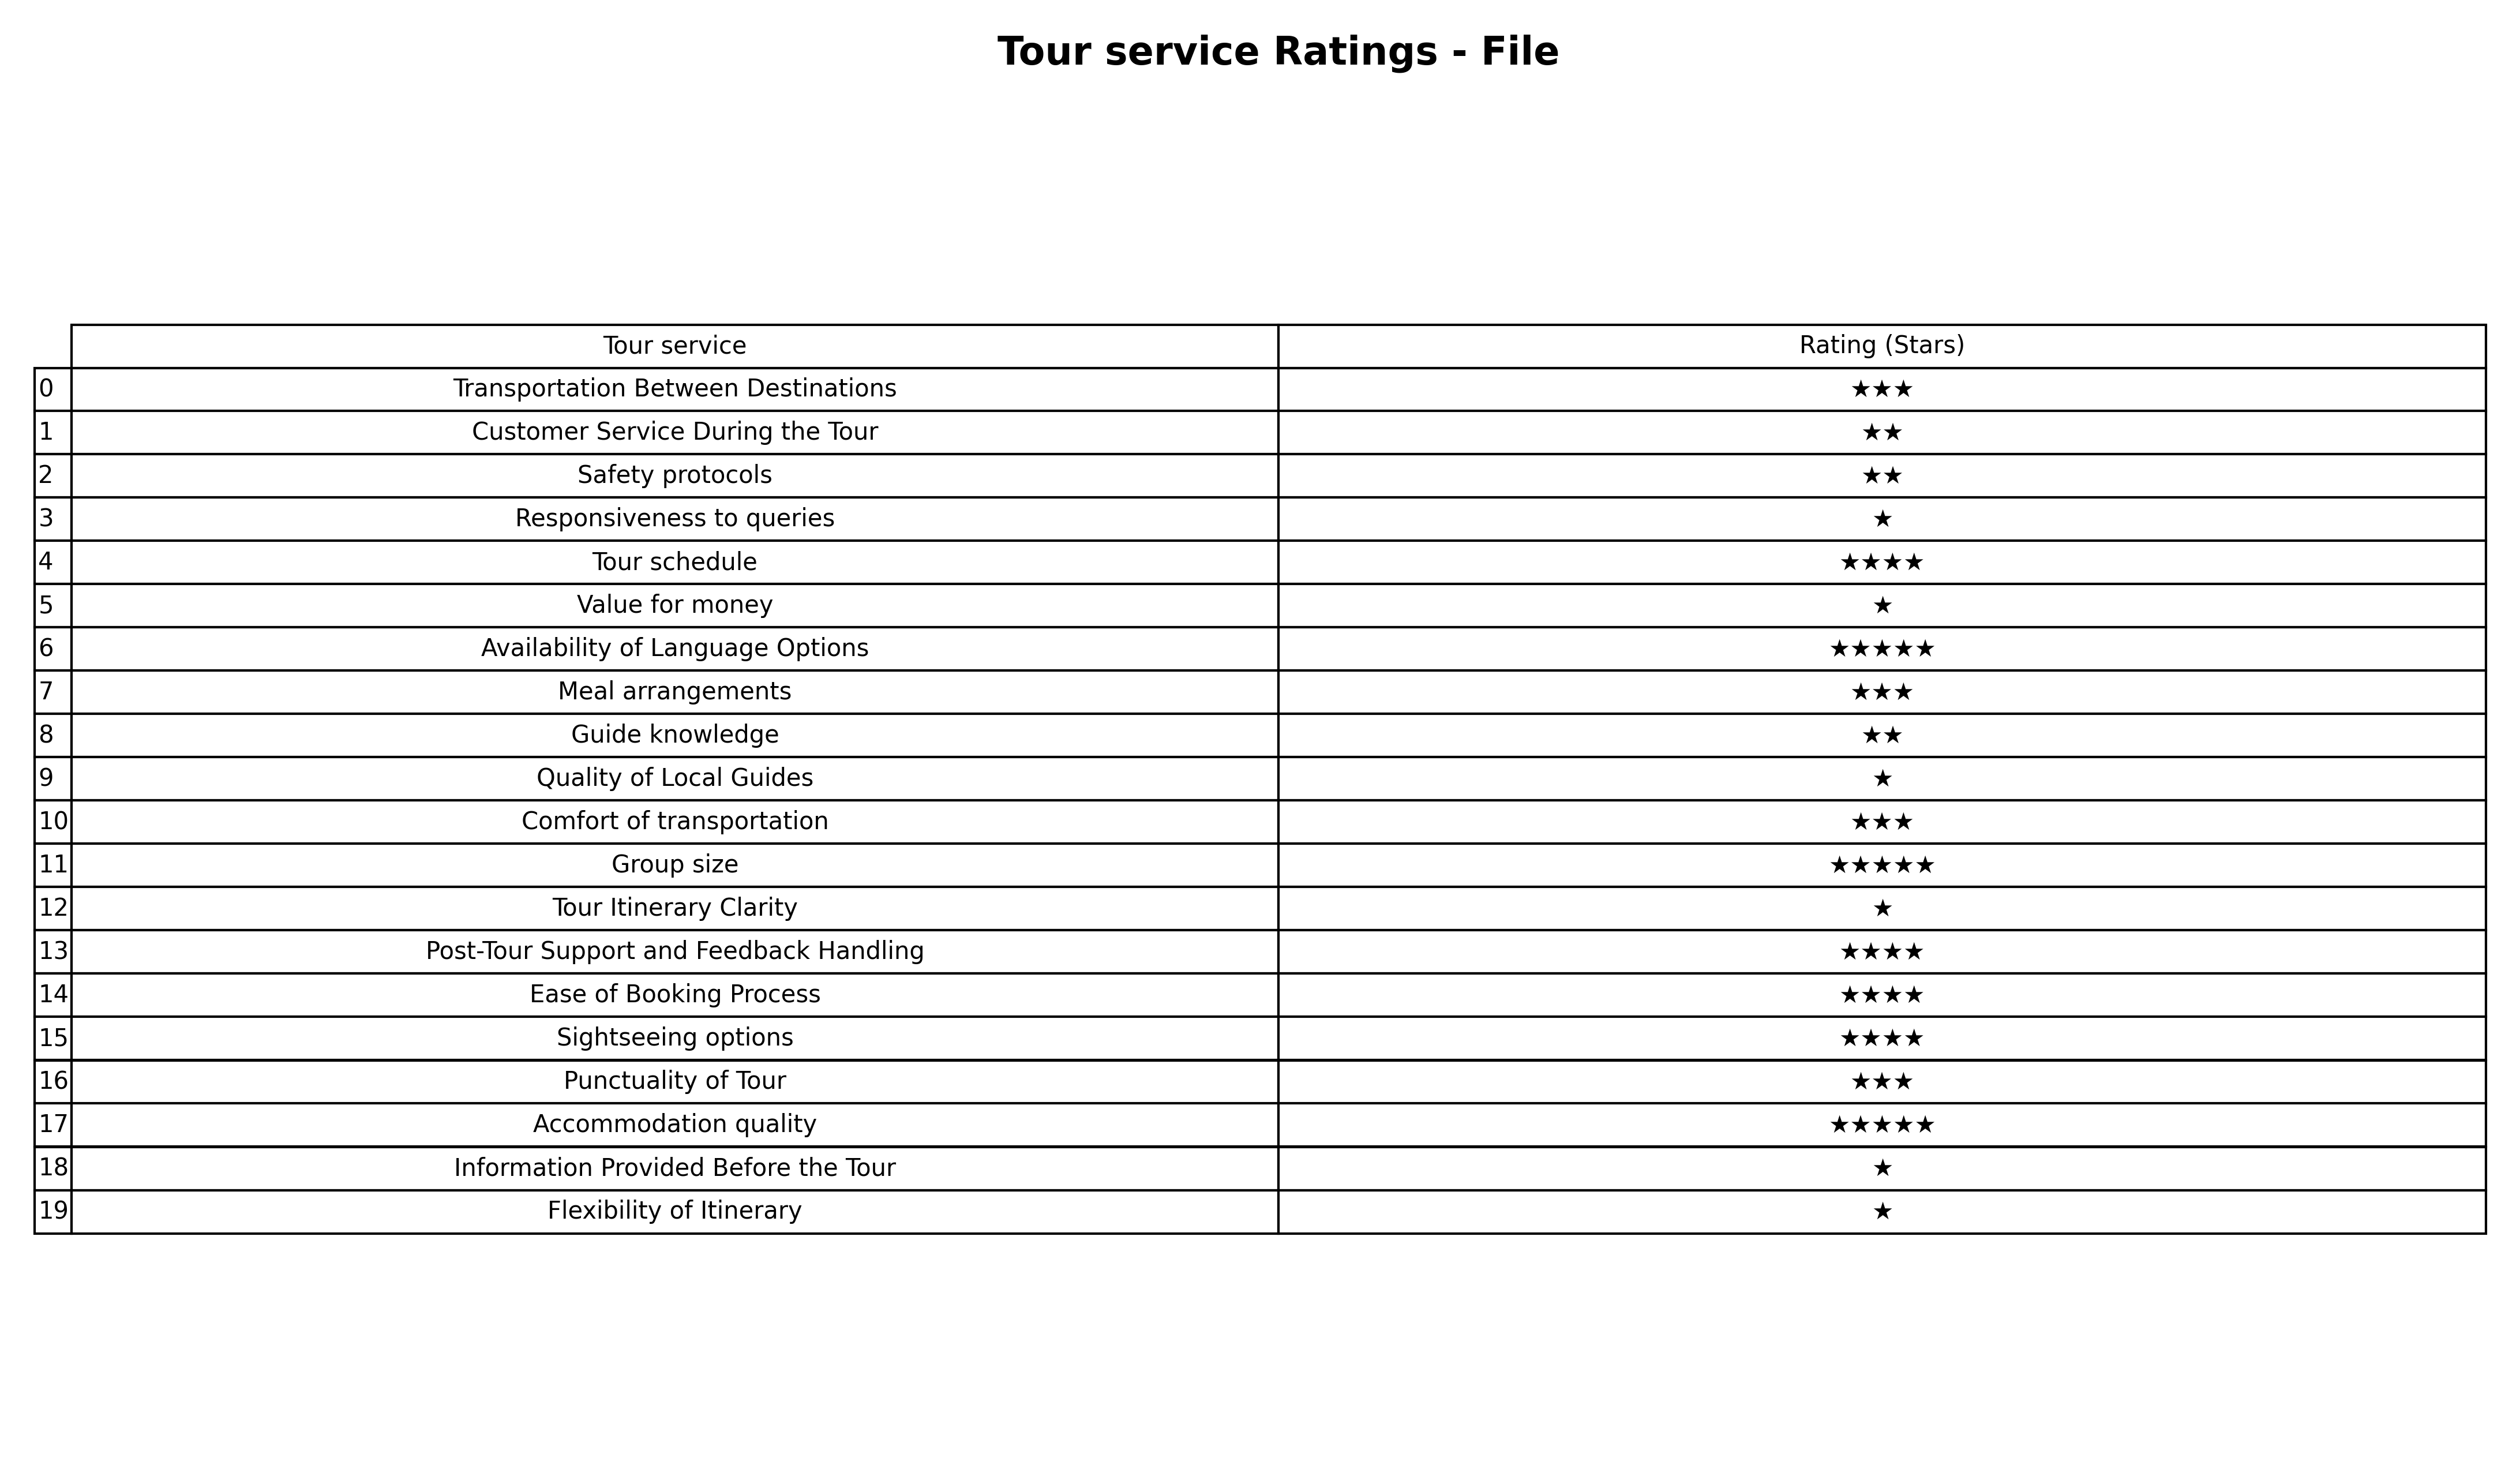
question: What are one star services?
answer: Responsiveness to queriesValue for moneyQuality of Local GuidesTour Itinerary ClarityInformation Provided Before the TourFlexibility of Itinerary